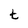
Character: t